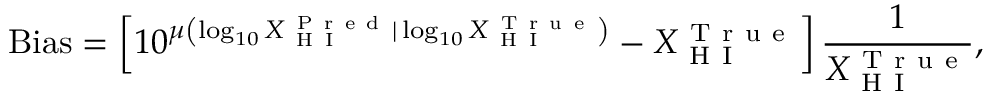
\mathrm { B i a s } = \left[ 1 0 ^ { \mu \left( \log _ { 1 0 } { { X _ { \mathrm { ~ H ~ I ~ } } ^ { \mathrm { ~ P ~ r ~ e ~ d ~ } } | \log _ { 1 0 } { X _ { \mathrm { ~ H ~ I ~ } } ^ { \mathrm { ~ T ~ r ~ u ~ e ~ } } } } } \right) } - X _ { \mathrm { ~ H ~ I ~ } } ^ { \mathrm { ~ T ~ r ~ u ~ e ~ } } \right] \frac { 1 } { X _ { \mathrm { ~ H ~ I ~ } } ^ { \mathrm { ~ T ~ r ~ u ~ e ~ } } } ,